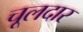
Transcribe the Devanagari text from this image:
चूलदार